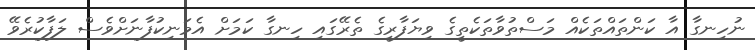
ނުހިނގާ އާ ކަންތައްތަކެއް މަސްތުވާތަކެތީގެ ވިޔަފާރީގެ ތެރޭގައި ހިނގާ ކަމަށް އެމަނިކުފާނަށްވެސް ލަފާކުރެވޭ